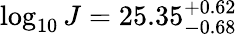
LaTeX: \log_{10}J=25.35_{-0.68}^{+0.62}